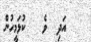
އަދި  ވެ   ކުޅަމީހުން